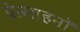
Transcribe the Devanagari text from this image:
प्रेत्साहनों